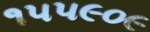
૧૫૫૯૦૯